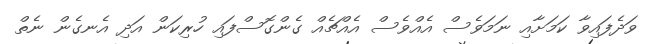
ވަދެފައިވާ ކަމަށާއި ނަމަވެސް އެއްވެސް އެއްޗެއް ގެންގޮސްފައި ހުރިކަން އަދި އެނގެން ނެތް